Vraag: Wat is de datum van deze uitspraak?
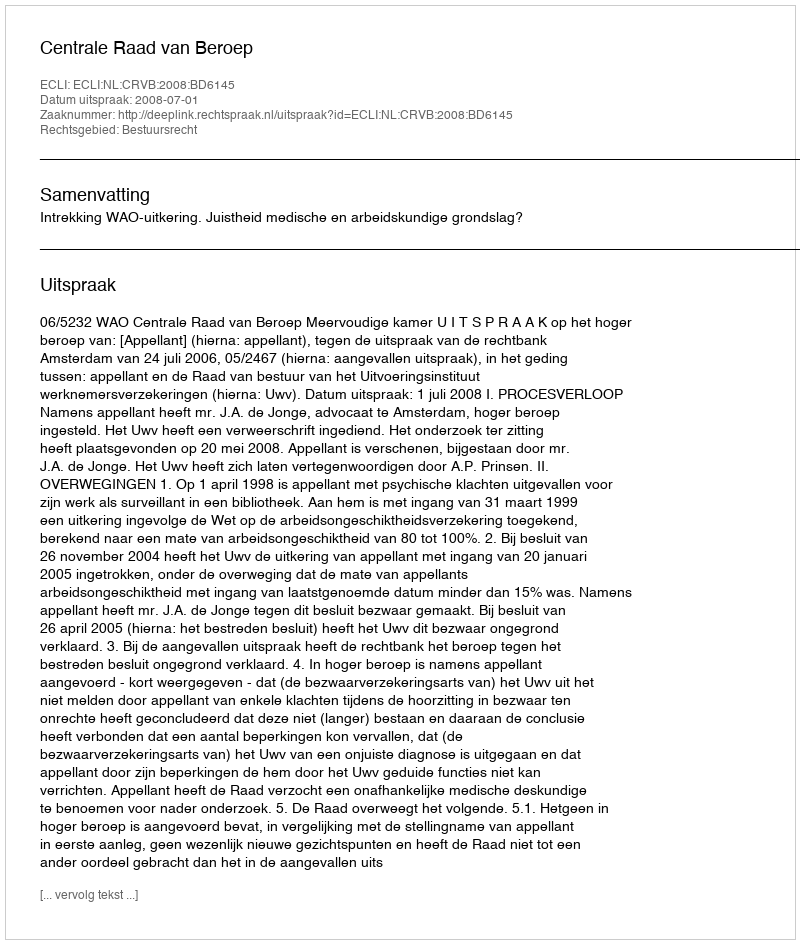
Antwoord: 2008-07-01